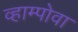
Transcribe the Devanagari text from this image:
व्हाम्पोवा